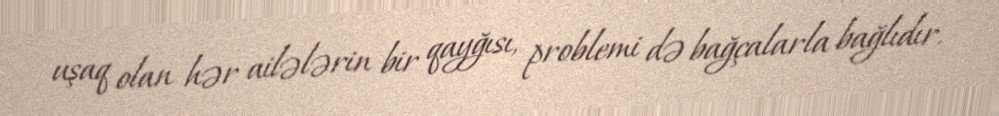
uşaq olan hər ailələrin bir qayğısı, problemi də bağçalarla bağlıdır.